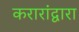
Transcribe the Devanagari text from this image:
करारांद्वारा